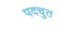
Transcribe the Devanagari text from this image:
पदचुत